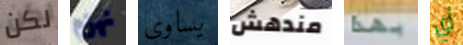
لكن نهزم يساوى مندهش بهذا أي